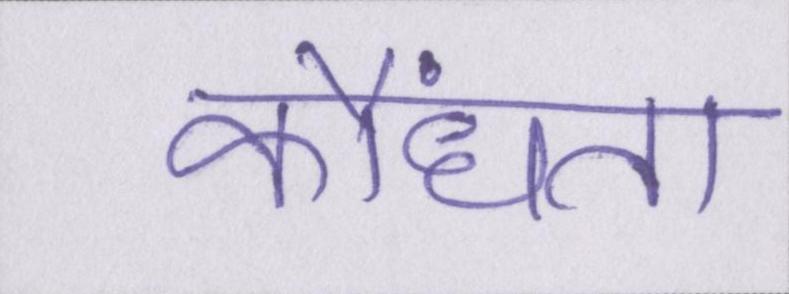
कौंधता